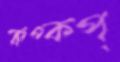
কপ্‌কপ্‌